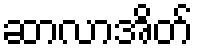
ဆာလာအိတ်